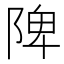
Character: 陴